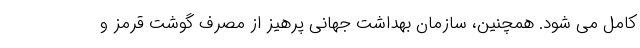
کامل می شود. همچنین، سازمان بهداشت جهانی پرهیز از مصرف گوشت قرمز و